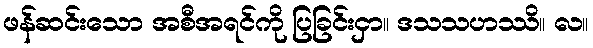
ဖန်ဆင်းသော အစီအရင်ကို ပြခြင်းငှာ။ ဒသသဟဿိ။ လ။